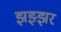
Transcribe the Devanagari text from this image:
झझ्झर